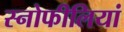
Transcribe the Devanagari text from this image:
स्नोफीलियां